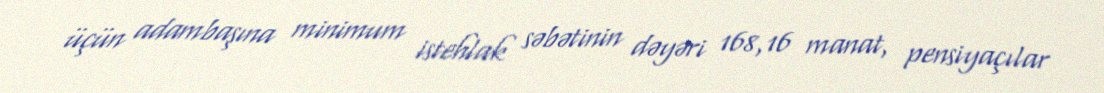
üçün adambaşına minimum istehlak səbətinin dəyəri 168,16 manat, pensiyaçılar